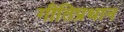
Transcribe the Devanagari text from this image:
गीतिप्रधान